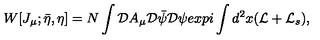
W [ J _ { \mu } ; \bar { \eta } , \eta ] = N \int { \cal D } A _ { \mu } { \cal D } \bar { \psi } { \cal D } \psi e x p i \int d ^ { 2 } x ( { \cal L } + { \cal L } _ { s } ) ,